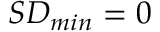
S D _ { m i n } = 0